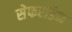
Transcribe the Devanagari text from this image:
सेफरडिक